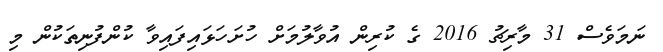
ނަމަވެސް 31 މާރިޗު 2016 ގެ ކުރިން އުވާލުމަށް ހުށަހަޅައިފައިވާ ކުންފުނިތަކުން މި